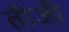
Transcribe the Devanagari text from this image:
तीजी